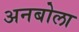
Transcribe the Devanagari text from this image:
अनबोला